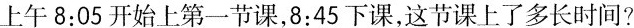
上午8:05开始上第一节课，8:45下课，这节课上了多长时间?